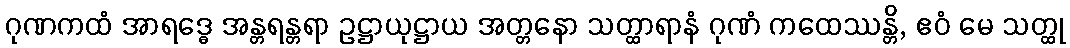
ဂုဏကထံ အာရဒ္ဓေ အန္တရန္တရာ ဥဋ္ဌာယုဋ္ဌာယ အတ္တနော သတ္ထာရာနံ ဂုဏံ ကထေဿန္တိ, ဧဝံ မေ သတ္ထု